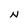
Character: N